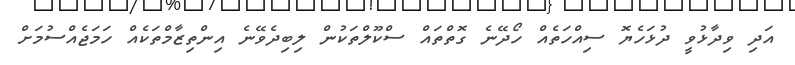
އަދި ވިދާޅުވީ ދުޅަހެޔޮ ސިއްހަތެއް ހޯދޭނެ ގޮތްތައް ސްކޫލްތަކުން ލިބިދެވޭނެ އިންތިޒާމްތަކެއް ހަމަޖެއްސުމަށް